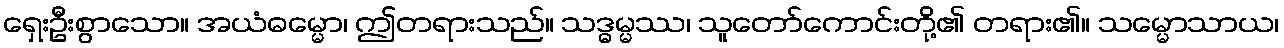
ရှေးဦးစွာသော။ အယံဓမ္မော၊ ဤတရားသည်။ သဒ္ဓမ္မဿ၊ သူတော်ကောင်းတို့၏ တရား၏။ သမ္မောသာယ၊